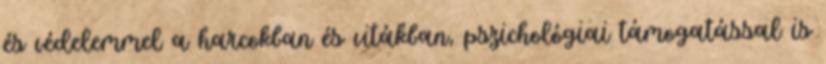
és védelemmel a harcokban és vitákban, pszichológiai támogatással is